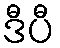
ဒီပီ